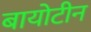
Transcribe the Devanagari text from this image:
बायोटीन